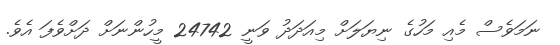
ނަމަވެސް މެއި މަހުގެ ނިޔަލަށް މިއަދަދު ވަނީ 24742 މީހުންނަށް ދަށްވެފަ އެވެ.